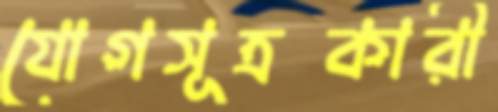
যোগসূত্রকারী